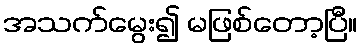
အသက်မွေး၍ မဖြစ်တော့ပြီ။